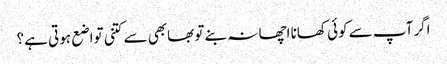
اگر آپ سے کوئی کھانا اچھا نہ بنے تو بھابھی سے کتنی تواضع ہوتی ہے؟